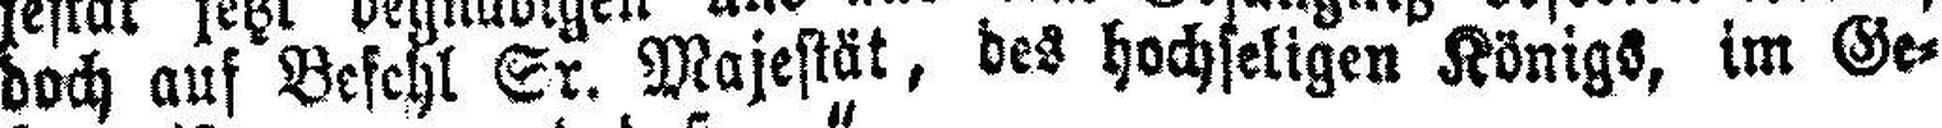
doch auf Befehl Sr. Majestät, des hochseligen Königs, im Ge¬